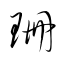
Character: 珊